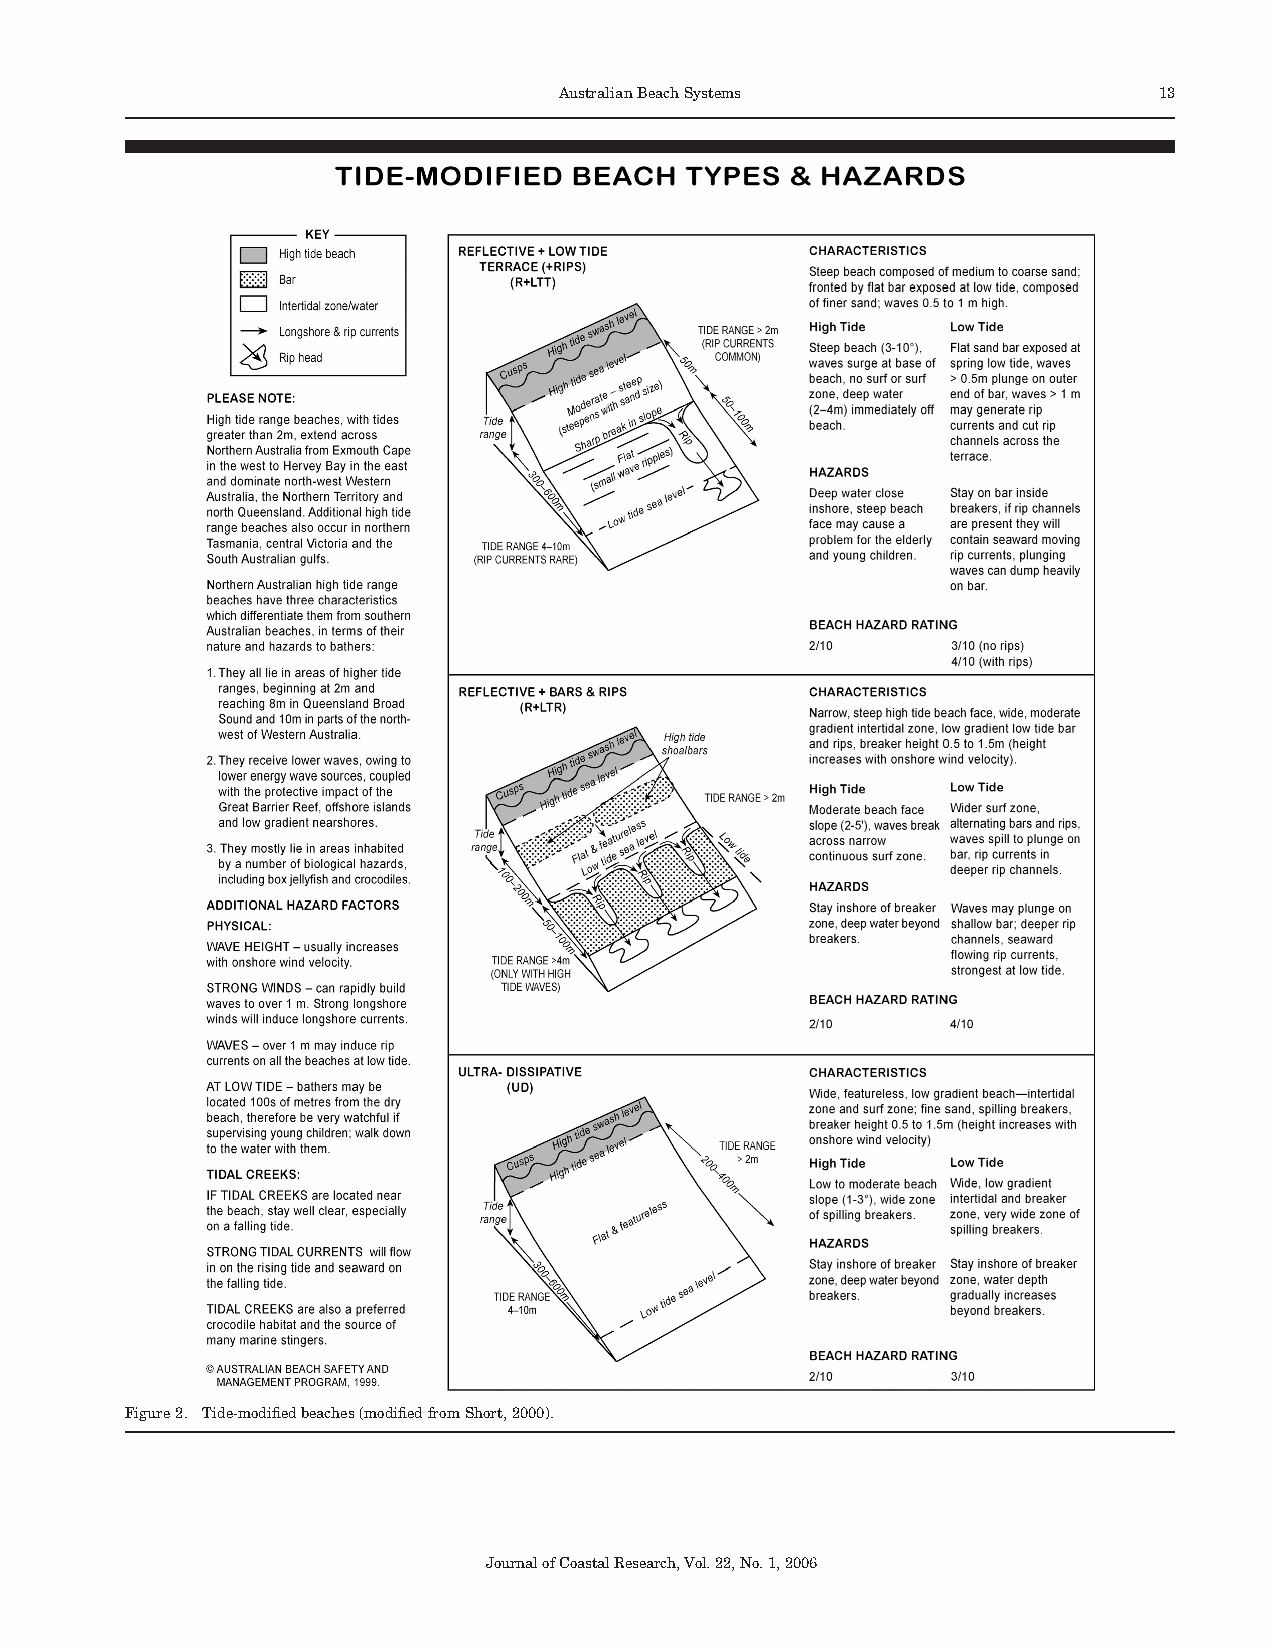
AustralianBeachSystems                  13
 Figure2. Tide-modifiedbeaches(modifiedfromShort,2000).
 JournalofCoastalResearch,Vol.22,No.1,2006